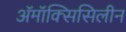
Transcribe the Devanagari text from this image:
अॅमॉक्सिसिलीन